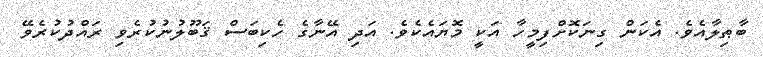
ބާޠިލާއެވެ. އެކަން ގިނަކޮށްފިމީހާ އަކީ މޮޔައެކެވެ. އަދި އޭނާގެ ހެކިބަސް ޤަބޫލުނުކުރެވި ރައްދުކުރެވޭ